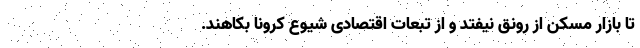
تا بازار مسکن از رونق نیفتد و از تبعات اقتصادی شیوع کرونا بکاهند.